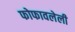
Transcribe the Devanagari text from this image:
फोफावलेली